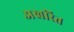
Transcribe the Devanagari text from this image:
अखरित